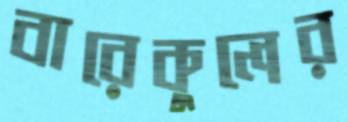
বারেকুলের